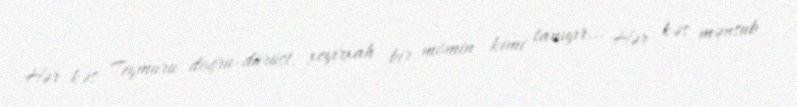
Hər kəs Teymuru doğru-dürüst, xeyirxah bir mömin kimi tanıyır... Hər kəs mənsub